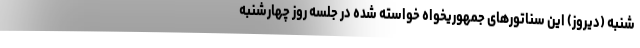
شنبه (دیروز) این سناتورهای جمهوریخواه خواسته شده در جلسه روز چهارشنبه